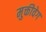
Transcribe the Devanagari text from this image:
मुक्तीवेग